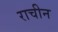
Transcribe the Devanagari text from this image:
राचीन